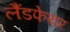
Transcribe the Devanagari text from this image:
लैंडफेयर